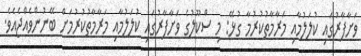
ވަށާފާރުގައި ކުލަލުމާއި މަރާމާތުކުރުމާ ގުޅޭ: މި ސްކޫލުގެ ވަށާފާރުގައި ކުލަލުމާއި މަރާމާތުކުރުމަށް ބޭނުންވެއްޖެއެވެ.